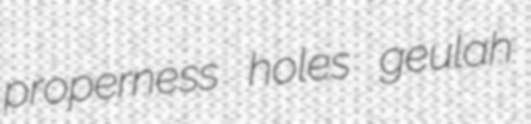
properness holes geulah